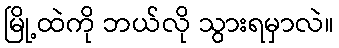
မြို့ထဲကို ဘယ်လို သွားရမှာလဲ။